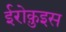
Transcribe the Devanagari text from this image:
ईरोक़ुइस